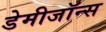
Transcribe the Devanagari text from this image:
डेमीजॉन्स